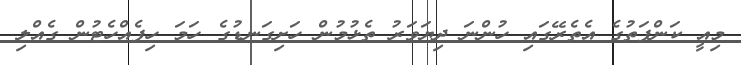
މިއީ ކަންފަތުގެ އެތެރޭގައި ހުންނަ ދިޔަވަރު ތެޅުމުން ހަށިގަނޑުގެ ހަމަ ހިފެއްހެޓުން ގެއްލި